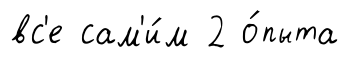
вс'е сам'и́м 2 о́пыта